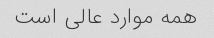
همه موارد عالی است